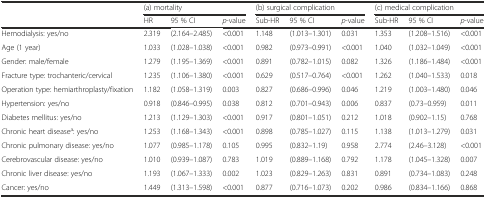
<table><thead><tr><td></td><td colspan="3"><b>(a) mortality</b></td><td colspan="3"><b>(b) surgical complication</b></td><td colspan="3"><b>(c) medical complication</b></td></tr><tr><td></td><td><b>HR</b></td><td><b>95 % CI</b></td><td><b><i>p</i>-value</b></td><td><b>Sub-HR</b></td><td><b>95 % CI</b></td><td><b><i>p</i>-value</b></td><td><b>Sub-HR</b></td><td><b>95 % CI</b></td><td><b><i>p</i>-value</b></td></tr></thead><tbody><tr><td>Hemodialysis: yes/no</td><td>2.319</td><td>(2.164–2.485)</td><td>&lt;0.001</td><td>1.148</td><td>(1.013–1.301)</td><td>0.031</td><td>1.353</td><td>(1.208–1.516)</td><td>&lt;0.001</td></tr><tr><td>Age (1 year)</td><td>1.033</td><td>(1.028–1.038)</td><td>&lt;0.001</td><td>0.982</td><td>(0.973–0.991)</td><td>&lt;0.001</td><td>1.040</td><td>(1.032–1.049)</td><td>&lt;0.001</td></tr><tr><td>Gender: male/female</td><td>1.279</td><td>(1.195–1.369)</td><td>&lt;0.001</td><td>0.891</td><td>(0.782–1.015)</td><td>0.082</td><td>1.326</td><td>(1.186–1.484)</td><td>&lt;0.001</td></tr><tr><td>Fracture type: trochanteric/cervical</td><td>1.235</td><td>(1.106–1.380)</td><td>&lt;0.001</td><td>0.629</td><td>(0.517–0.764)</td><td>&lt;0.001</td><td>1.262</td><td>(1.040–1.533)</td><td>0.018</td></tr><tr><td>Operation type: hemiarthroplasty/fixation</td><td>1.182</td><td>(1.058–1.319)</td><td>0.003</td><td>0.827</td><td>(0.686–0.996)</td><td>0.046</td><td>1.219</td><td>(1.003–1.480)</td><td>0.046</td></tr><tr><td>Hypertension: yes/no</td><td>0.918</td><td>(0.846–0.995)</td><td>0.038</td><td>0.812</td><td>(0.701–0.943)</td><td>0.006</td><td>0.837</td><td>(0.73–0.959)</td><td>0.011</td></tr><tr><td>Diabetes mellitus: yes/no</td><td>1.213</td><td>(1.129–1.303)</td><td>&lt;0.001</td><td>0.917</td><td>(0.801–1.051)</td><td>0.212</td><td>1.018</td><td>(0.902–1.15)</td><td>0.768</td></tr><tr><td>Chronic heart disease<sup>a</sup>: yes/no</td><td>1.253</td><td>(1.168–1.343)</td><td>&lt;0.001</td><td>0.898</td><td>(0.785–1.027)</td><td>0.115</td><td>1.138</td><td>(1.013–1.279)</td><td>0.031</td></tr><tr><td>Chronic pulmonary disease: yes/no</td><td>1.077</td><td>(0.985–1.178)</td><td>0.105</td><td>0.995</td><td>(0.832–1.19)</td><td>0.958</td><td>2.774</td><td>(2.46–3.128)</td><td>&lt;0.001</td></tr><tr><td>Cerebrovascular disease: yes/no</td><td>1.010</td><td>(0.939–1.087)</td><td>0.783</td><td>1.019</td><td>(0.889–1.168)</td><td>0.792</td><td>1.178</td><td>(1.045–1.328)</td><td>0.007</td></tr><tr><td>Chronic liver disease: yes/no</td><td>1.193</td><td>(1.067–1.333)</td><td>0.002</td><td>1.023</td><td>(0.829–1.263)</td><td>0.831</td><td>0.891</td><td>(0.734–1.083)</td><td>0.248</td></tr><tr><td>Cancer: yes/no</td><td>1.449</td><td>(1.313–1.598)</td><td>&lt;0.001</td><td>0.877</td><td>(0.716–1.073)</td><td>0.202</td><td>0.986</td><td>(0.834–1.166)</td><td>0.868</td></tr></tbody></table>